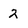
Character: 2